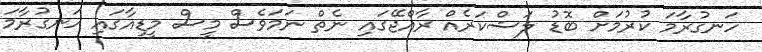
ހަނގުރާމަ ކުރުމަށް ބޮޑު ލަޝްކަރެއް ރާއްޖޭގައި ނެތް ނަމަވެެސް މީސް މީޑިއާގައި ހަނގުރާމަ